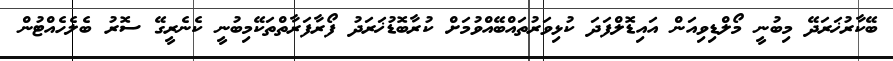
ބޭކާރުޚަރަދޭ މިބުނީ މޯލްޑިވިއަން އައިޑޮލްފަދަ ކުޅިވަރުތައްބޭއްވުމަށް ކުރާބޮޑުޚަރަދު ފޯރާފަރާތްތަކޭމިބުނީ ކެނެރީގޭ ސޮރު ބެލެހެއްޓުން